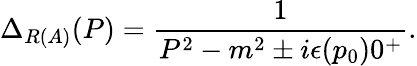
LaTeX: \Delta_{R(A)}(P)=\frac{1}{P^{2}-m^{2}\pm i\epsilon(p_{0})0^{+}}.